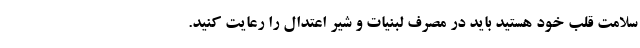
سلامت قلب خود هستید باید در مصرف لبنیات و شیر اعتدال را رعایت کنید.